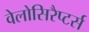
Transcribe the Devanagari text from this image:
वेलोसिरैप्टर्स